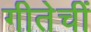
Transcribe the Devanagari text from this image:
गीतेचीं